Bombay plague: being a history of the progress of plague in the Bombay presidency from September 1896 to June 1899
Year: 1896
Disease focus: Plague
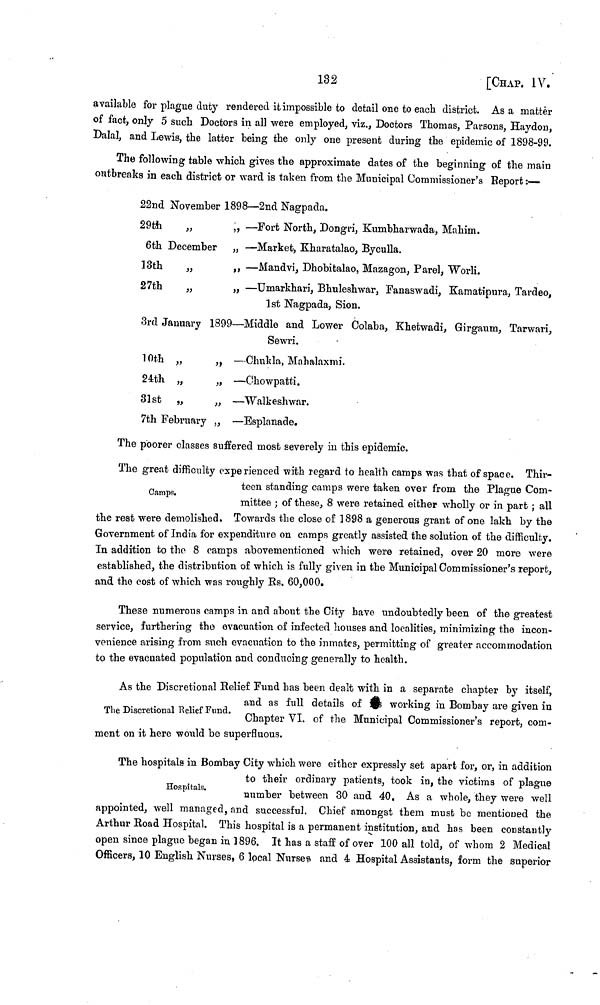
132
[CHAP. IV.
available for plague duty rendered it impossible to detail one to each district. As a matter
of fact, only 5 such Doctors in all were employed, viz., Doctors Thomas, Parsons, Haydon,
Dalai, and Lewis, the latter being the only one present during the epidemic of 1898-99.
The following table which gives the approximate dates of the beginning of the main
outbreaks in each district or ward is taken from the Municipal Commissioner's Report :—
22nd November 1898—2nd Nagpada.
29th
„
,, —Fort North, Dongri, Kumbharwada, Mahim.
6th December „ —Market, Kharatalao, Byculla.
13th
„
,, —Mandvi, Dhobitalao, Mazagon, Parel, Worli.
27th
„
„ —Umarkhari, Bhuleshwar, Fanaswadi, Kamatipura, Tardeo,
1st Nagpada, Sion.
3rd January 1899—Middle and Lower Colaba, Khetwadi, Girgaum, Tarwari,
Sewri.
10th „
„ —Chukla, Mahalaxmi.
24th „
,,
—Chowpatti.
31st
„
„ —Walkeshwar.
7th February „ —Esplanade.
The poorer classes suffered most severely in this epidemic.
Camps.
The great difficulty experienced with regard to health camps was that of space. Thir-
teen standing camps were taken over from the Plague Com-
mittee ; of these, 8 were retained either wholly or in part ; all
the rest were demolished. Towards the close of 1898 a generous grant of one lakh by the
Government of India for expenditure on camps greatly assisted the solution of the difficulty.
In addition to the 8 camps abovementioned which were retained, over 20 more were
established, the distribution of which is fully given in the Municipal Commissioner's report,
and the cost of which was roughly Rs. 60,000.
These numerous camps in and about the City have undoubtedly been of the greatest
service, furthering the evacuation of infected houses and localities, minimizing the incon-
venience arising from such evacuation to the inmates, permitting of greater accommodation
to the evacuated population and conducing generally to health.
The
Discretional
Relief
Fund.
As the Discretional Relief Fund has been dealt with in a separate chapter by itself,
and as full details of \ill\ working in Bombay are given in
Chapter VI. of the Municipal Commissioner's report, com-
ment on it here would be superfluous.
Hospitals. The hospitals in Bombay City which were either expressly set apart for, or, in addition
to their ordinary patients, took in, the victims of plague
number between 80 and 40, As a whole, they were well
appointed, well managed, and successful. Chief amongst them must be mentioned the
Arthur Road Hospital. This hospital is a permanent institution, and has been constantly
open since plague began in 1896. It has a staff of over 100 all told, of whom 2 Medical
Officers, 10 English Nurses, 6 local Nurses and 4 Hospital Assistants, form the superior